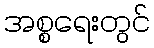
အစ္စရေးတွင်